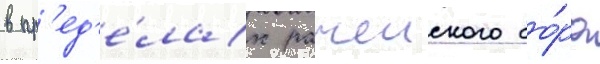
в пр'ед'е́лах рачеиского бо́ра